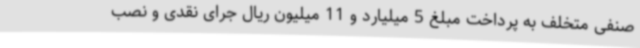
صنفی متخلف به پرداخت مبلغ 5 میلیارد و 11 میلیون ریال جرای نقدی و نصب